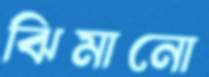
ঝিমানো